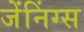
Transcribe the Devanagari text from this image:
जेंनिंग्स